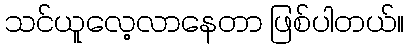
သင်ယူလေ့လာနေတာ ဖြစ်ပါတယ်။